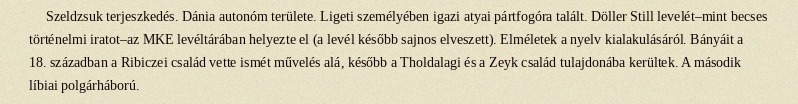
Szeldzsuk terjeszkedés. Dánia autonóm területe. Ligeti személyében igazi atyai pártfogóra talált. Döller Still levelét–mint becses történelmi iratot–az MKE levéltárában helyezte el (a levél később sajnos elveszett). Elméletek a nyelv kialakulásáról. Bányáit a 18. században a Ribiczei család vette ismét művelés alá, később a Tholdalagi és a Zeyk család tulajdonába kerültek. A második líbiai polgárháború.